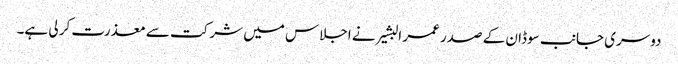
دوسری جانب سوڈان کے صدر عمر البشیر نے اجلاس میں شرکت سے معذرت کر لی ہے۔